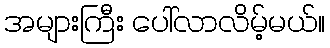
အများကြီး ပေါ်လာလိမ့်မယ်။